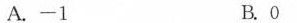
A.-1 B.0